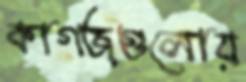
কাগজগুলোয়